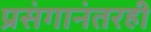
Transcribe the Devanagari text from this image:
प्रसंगानंतरही